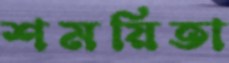
শময়িতা